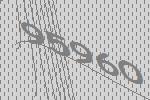
95960